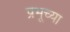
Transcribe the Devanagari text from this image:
प्रभूच्या